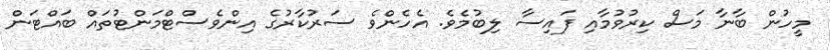
މީހުން ބާނާ މަސް ކިރުވުމާއި ފައިސާ ލިބުމެވެ. އެހެންވެ ސަރުކާރުގެ އިންވެސްޓްމަންޓުތައް ބައްޓަން